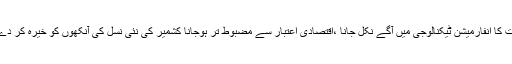
بھارت کا انفارمیشن ٹیکنالوجی میں آگے نکل جانا ،اقتصادی اعتبار سے مضبوط تر ہوجانا کشمیر کی نئی نسل کی آنکھوں کو خیرہ کر دے گا ۔